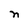
Character: n